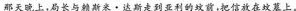
那天晚上，局长与赖斯米·达斯走到亚利的坟前，把信放在坟墓上。